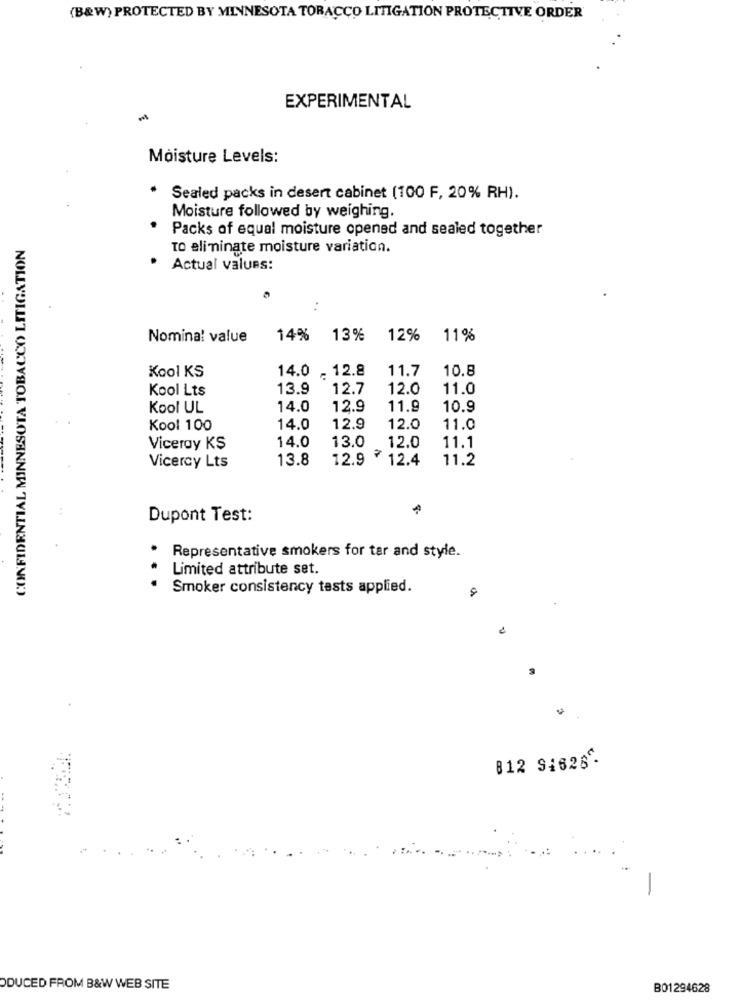
(B&W) PROTECTED BY MINNESOTA TOBACCO LITIGATION PROTECTIVE ORDER
EXPERIMENTAL
Moisture Levels:
.
Sealed packs in desert cabinet (100 F, 20% RH).
Moisture followed by weighing.
Packs of equal moisture opened and sealed together
CONFIDENTIAL MINNESOTA TOBACCO LITIGATION
To eliminate moisture variation.
. Actual values:
Nominal value
14% 13%
12%
11%
14.0
- 12.8
11.7
10.8
Kool KS
Kool Lts
13.9
12.7
12.0
11.0
Kool UL
14.0
12.9
11.9
10.9
Kool 100
14.0
12.9
12.0
11.0
13.0
Viceray KS
14.0
12.0
11.1
13.8
12.9 12.4
11.2
Vicercy Lts
A
Dupont Test:
Representative smokers for tar and style.
Limited attribute set.
Smoker consistency tests applied.
812 S1626.
-
DUCED FROM B&W WEB SITE
B01294628